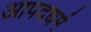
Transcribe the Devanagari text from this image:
आपदधर्म